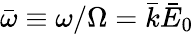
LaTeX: \bar{\omega}\equiv\omega/\Omega=\bar{k}\bar{E}_{0}